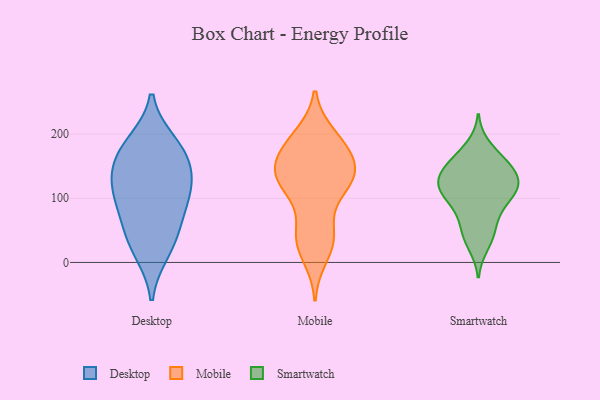
{"axis": {"x": "Headcount", "y": "Value"}, "legend": ["Desktop", "Mobile", "Smartwatch"], "data": [{"x": "", "y": 62, "type": "Desktop"}, {"x": "", "y": 97, "type": "Desktop"}, {"x": "", "y": 163, "type": "Desktop"}, {"x": "", "y": 38, "type": "Desktop"}, {"x": "", "y": 174, "type": "Desktop"}, {"x": "", "y": 18, "type": "Desktop"}, {"x": "", "y": 108, "type": "Desktop"}, {"x": "", "y": 138, "type": "Desktop"}, {"x": "", "y": 185, "type": "Desktop"}, {"x": "", "y": 119, "type": "Desktop"}, {"x": "", "y": 154, "type": "Mobile"}, {"x": "", "y": 127, "type": "Mobile"}, {"x": "", "y": 121, "type": "Mobile"}, {"x": "", "y": 180, "type": "Mobile"}, {"x": "", "y": 47, "type": "Mobile"}, {"x": "", "y": 197, "type": "Mobile"}, {"x": "", "y": 31, "type": "Mobile"}, {"x": "", "y": 39, "type": "Mobile"}, {"x": "", "y": 109, "type": "Mobile"}, {"x": "", "y": 169, "type": "Mobile"}, {"x": "", "y": 194, "type": "Mobile"}, {"x": "", "y": 152, "type": "Mobile"}, {"x": "", "y": 126, "type": "Mobile"}, {"x": "", "y": 130, "type": "Mobile"}, {"x": "", "y": 43, "type": "Mobile"}, {"x": "", "y": 10, "type": "Mobile"}, {"x": "", "y": 143, "type": "Mobile"}, {"x": "", "y": 182, "type": "Mobile"}, {"x": "", "y": 131, "type": "Mobile"}, {"x": "", "y": 103, "type": "Smartwatch"}, {"x": "", "y": 107, "type": "Smartwatch"}, {"x": "", "y": 142, "type": "Smartwatch"}, {"x": "", "y": 53, "type": "Smartwatch"}, {"x": "", "y": 125, "type": "Smartwatch"}, {"x": "", "y": 119, "type": "Smartwatch"}, {"x": "", "y": 39, "type": "Smartwatch"}, {"x": "", "y": 118, "type": "Smartwatch"}, {"x": "", "y": 164, "type": "Smartwatch"}, {"x": "", "y": 62, "type": "Smartwatch"}, {"x": "", "y": 119, "type": "Smartwatch"}, {"x": "", "y": 127, "type": "Smartwatch"}, {"x": "", "y": 91, "type": "Smartwatch"}, {"x": "", "y": 26, "type": "Smartwatch"}, {"x": "", "y": 144, "type": "Smartwatch"}, {"x": "", "y": 153, "type": "Smartwatch"}, {"x": "", "y": 182, "type": "Smartwatch"}, {"x": "", "y": 86, "type": "Smartwatch"}, {"x": "", "y": 154, "type": "Smartwatch"}]}